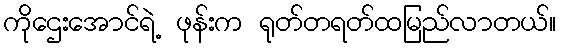
ကိုဌေးအောင်ရဲ့ ဖုန်းက ရုတ်တရတ်ထမြည်လာတယ်။